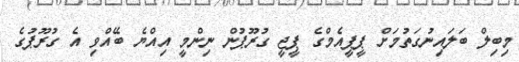
މިބިލް ބަލައިނުގަތުމަށް ޕީޕީއެމްގެ ޕީޖީ ގުރޫޕުން ނިންމީ އިއްޔެ ބޭއްވި އެ ގުރޫޕުގެ